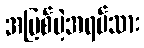
အပြစ်မဲ့အရပ်သား